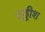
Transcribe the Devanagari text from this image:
उड्डीश